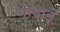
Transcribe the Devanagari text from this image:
भाषानूं